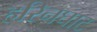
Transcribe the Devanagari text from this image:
हरिनघाट